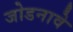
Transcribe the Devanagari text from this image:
जोडनावे